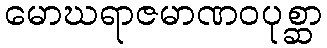
မောဃရာဇမာဏဝပုစ္ဆာ